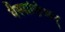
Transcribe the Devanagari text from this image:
वैस्पाज़िअन्